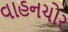
વાહનચોર